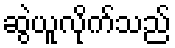
ဆွဲယူလိုက်သည်